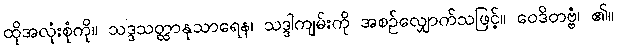
ထိုအလုံးစုံကို။ သဒ္ဒသတ္ထာနုသာရေန၊ သဒ္ဒါကျမ်းကို အစဉ်လျှောက်သဖြင့်။ ဝေဒိတဗ္ဗံ၊ ၏။